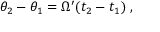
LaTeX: \theta _ { 2 } - \theta _ { 1 } = \Omega ^ { \prime } ( t _ { 2 } - t _ { 1 } ) \; ,